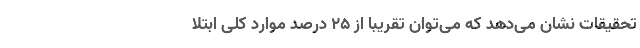
تحقیقات نشان می‌دهد که می‌توان تقریبا از ۲۵ درصدِ موارد کلی ابتلا